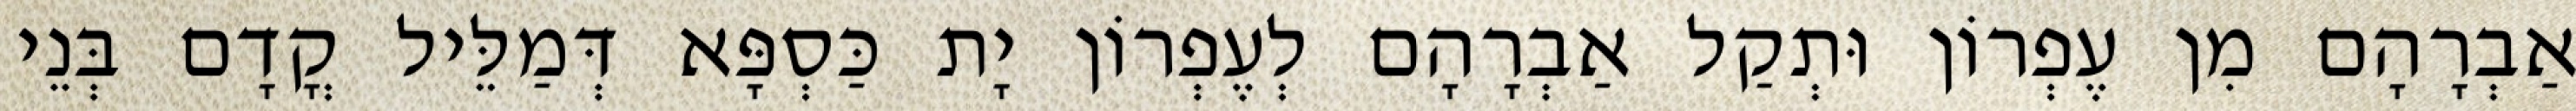
אַבְרָהָם מִן עֶפְרוֹן וּתְקַל אַבְרָהָם לְעֶפְרוֹן יָת כַּסְפָּא דְּמַלֵּיל קֳדָם בְּנֵי